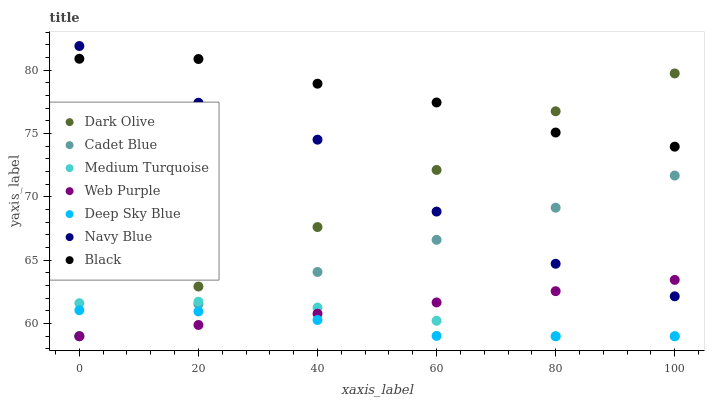
| xaxis_label | Dark Olive | Cadet Blue | Medium Turquoise | Web Purple | Deep Sky Blue | Navy Blue | Black |
 | --- | --- | --- | --- | --- | --- | --- | --- |
 | 0 | 59 | 59 | 61.6 | 59 | 61.1 | 81.9 | 80.9 |
 | 20 | 62.9 | 61.5 | 61.7 | 59.9 | 61 | 77.4 | 80.9 |
 | 40 | 67.6 | 64.1 | 61.3 | 60.8 | 60.3 | 74.5 | 78.9 |
 | 60 | 72.1 | 66.6 | 60.2 | 61.7 | 59 | 68.8 | 77.5 |
 | 80 | 76.8 | 69.2 | 59 | 62.6 | 59 | 64.7 | 75.1 |
 | 100 | 79.8 | 71.7 | 59 | 63.5 | 59 | 62.2 | 74 |